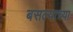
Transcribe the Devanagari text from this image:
बसल्याच्या